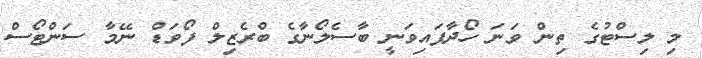
މި ލިސްޓުގެ ތިން ވަނަ ހޯދާފައިވަނީ ބާސެލޯނާގެ ބްރެޒިލް ފޯވަޑް ނޭމާ ސަންޓޯސް